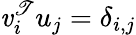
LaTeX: \mathit{v}_{i}^{\mathscr{T}}u_{j}=\delta_{i,j}